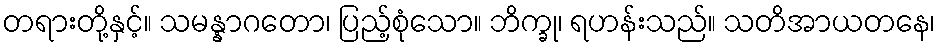
တရားတို့နှင့်။ သမန္နာဂတော၊ ပြည့်စုံသော။ ဘိက္ခု၊ ရဟန်းသည်။ သတိအာယတနေ၊